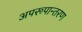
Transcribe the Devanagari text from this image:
अपरूपान्तरण